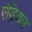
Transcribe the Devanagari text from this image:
एंड्रियल